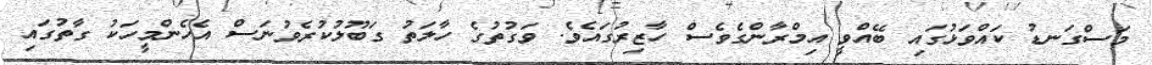
މަސްގަނޑު ކައްވަޅުގައި ބޭއްވީ އިމްރާންގެވެސް ހާޒިރުގައެވެ. ވަގުތުގެ ހާލަތު ގަބޫލުކުރެވުނަސް އެހެންމީހަކު ގާތުގައި